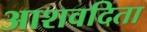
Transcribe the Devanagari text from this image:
आशवदिता